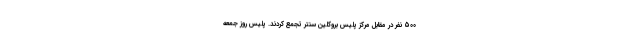
500 نفر در مقابل مرکز پلیس بروکلین سنتر تجمع کردند. پلیس روز جمعه